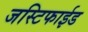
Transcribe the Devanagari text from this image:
जस्टिफाईड